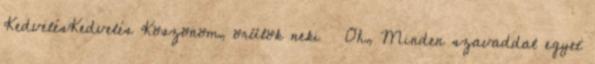
KedvelésKedvelés Köszönöm, örülök neki 🙂 Oh, Minden szavaddal egyet